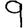
Digit: 9